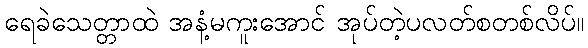
ရေခဲသေတ္တာထဲ အနံ့မကူးအောင် အုပ်တဲ့ပလတ်စတစ်လိပ်။